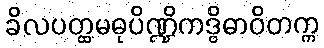
ခိလပတ္ထမဓုပိဏ္ဍိကဒွိဓာဝိတက္က